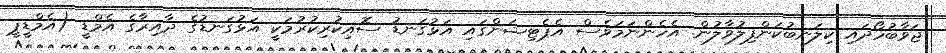
ޖަވާބުހޯދައި ކިލަނބުކަންފިލުވާލުން. އެހެންނަމަވެސް އެޕެޓިޝަންގައި އަޅުގަނޑު ސޮއިކުރިކުރުމަކީ އަޅުގަނޑުގެ ދާއިރާގެ އެމްޑީ (އެމްޑީޕީ